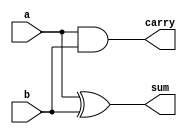
module HA(input a,b,output reg sum,carry);
always@(*)
begin
sum=a^b;
carry=(a&b);
end
endmodule